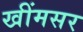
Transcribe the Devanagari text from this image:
खींमसर